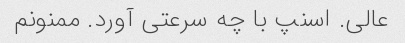
عالی. اسنپ با چه سرعتی آورد. ممنونم